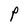
Character: P